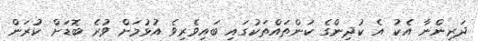
ދަރިންނާ އެކު އެ ކުދިންގެ ކަންތައްތަކުގައި ބައިވެރިވެ އުޅުމަށް ވުރެ ބޮޑަށް ކުރަން